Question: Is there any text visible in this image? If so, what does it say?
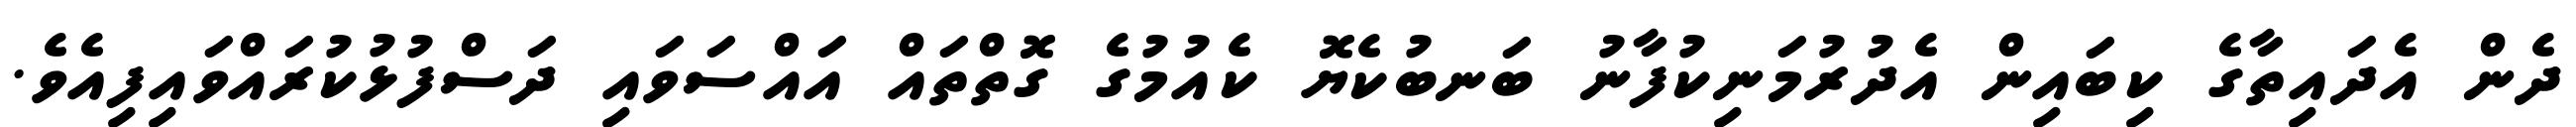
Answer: ދެން އެދައިތާގެ ކިބައިން އެދުރުމަނިކުފާނު ބަނބުކެޔޮ ކެއުމުގެ ގޮތްތައް އައްސަވައި ދަސްފުޅުކުރައްވައިފިއެވެ.